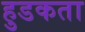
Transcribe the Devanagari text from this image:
हुडकता